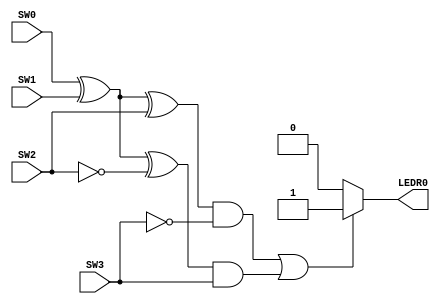
module ParChecker(SW0, SW1, SW2, SW3, LEDR0);


//truthtable
input SW0, SW1, SW2, SW3;
output reg LEDR0;

always @(SW0, SW1, SW2, SW3)
	if ((SW0 ^ SW1 ^ SW2 == 1 && SW3 == 0) || (SW0 ^ SW1 ^ SW2 == 0 && SW3 == 1))
		LEDR0 = 1;
	else
		LEDR0 = 0;
		
endmodule